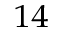
^ { 1 4 }